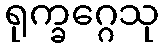
ရုက္ခဂ္ဂေသု